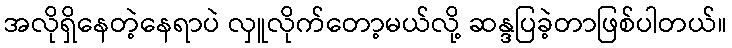
အလိုရှိနေတဲ့နေရာပဲ လှူလိုက်တော့မယ်လို့ ဆန္ဒပြခဲ့တာဖြစ်ပါတယ်။